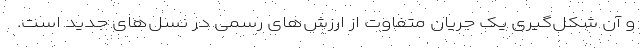
و آن شکل‌گیری یک جریان متفاوت از ارزش‌های رسمی در نسل‌های جدید است.